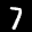
Digit: 7